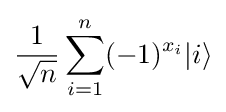
{\frac {1}{\sqrt {n}}}\sum _{i=1}^{n}(-1)^{x_{i}}|i\rangle